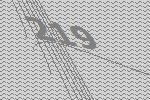
219